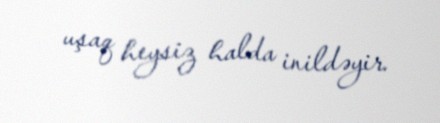
uşaq heysiz halda inildəyir.